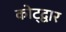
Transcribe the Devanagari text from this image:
कोट्द्वार